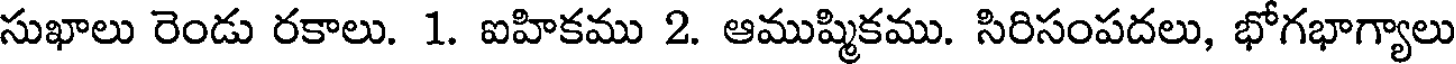
సుఖాలు రెండు రకాలు. 1. ఐహికము 2. ఆముష్మికము. సిరిసంపదలు, భోగభాగ్యాలు